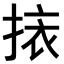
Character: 𢮯